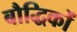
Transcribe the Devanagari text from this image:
बौद्धिकों